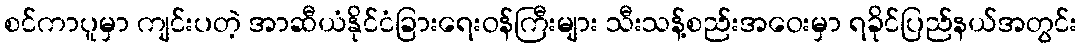
စင်ကာပူမှာ ကျင်းပတဲ့ အာဆီယံနိုင်ငံခြားရေးဝန်ကြီးများ သီးသန့်စည်းအဝေးမှာ ရခိုင်ပြည်နယ်အတွင်း